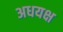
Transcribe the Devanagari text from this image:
अधयक्ष